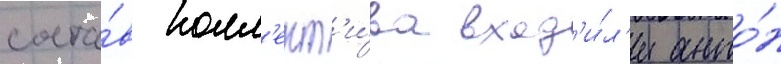
соста́в колл'ект'и́ва вход'и́л'и анто́н